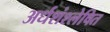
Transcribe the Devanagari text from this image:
अर्धशंश्लेषित